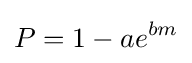
P=1-ae^{bm}